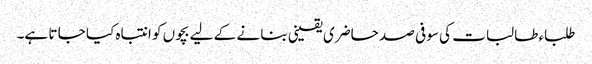
طلباء طالبات کی سو فی صد حاضری یقینی بنا نے کے لیے بچوں کو انتباہ کیا جا تا ہے۔